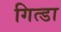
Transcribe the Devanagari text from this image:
गित्डा